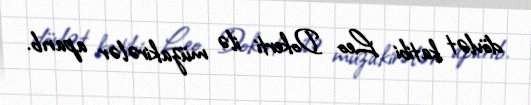
dövlət katibi Leo Dokerti ilə müzakirələr aparıb.